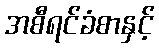
အစီရင်ခံစာနှင့်